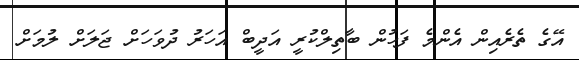
އޭގެ ތެރެއިން އެންމެ ފަހުން ބާތިލްކުރީ އަދީބް އަހަރު ދުވަހަށް ޖަލަށް ލުމަށް